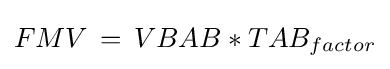
FMV\,=\,{VBAB*TAB_{factor}}